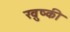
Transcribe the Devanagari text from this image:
ख़ुष्की